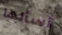
أسألها